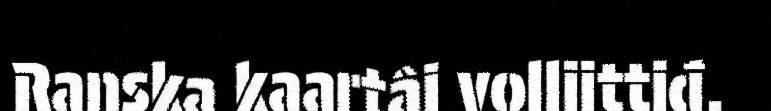
Ranska kaartâi volliittiđ.